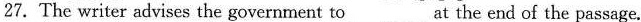
27. The writer advises the government to___at the end of the passage.